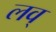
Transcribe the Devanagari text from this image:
लव्